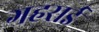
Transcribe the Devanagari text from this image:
गहरार्इ